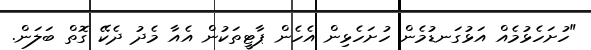
"ހުށަހެޅުމެއް އަޅުގަނޑުމެން ހުށަހެޅިން އެހެން ޕާޓީތަކުން އެއާ މެދު ދެކޭ ގޮތް ބަލަން.